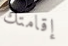
إقامتك